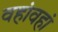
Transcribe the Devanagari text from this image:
वहांवहां